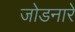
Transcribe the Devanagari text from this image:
जोडनारे